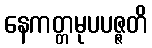
နေကတ္တမုပပဇ္ဇတိ